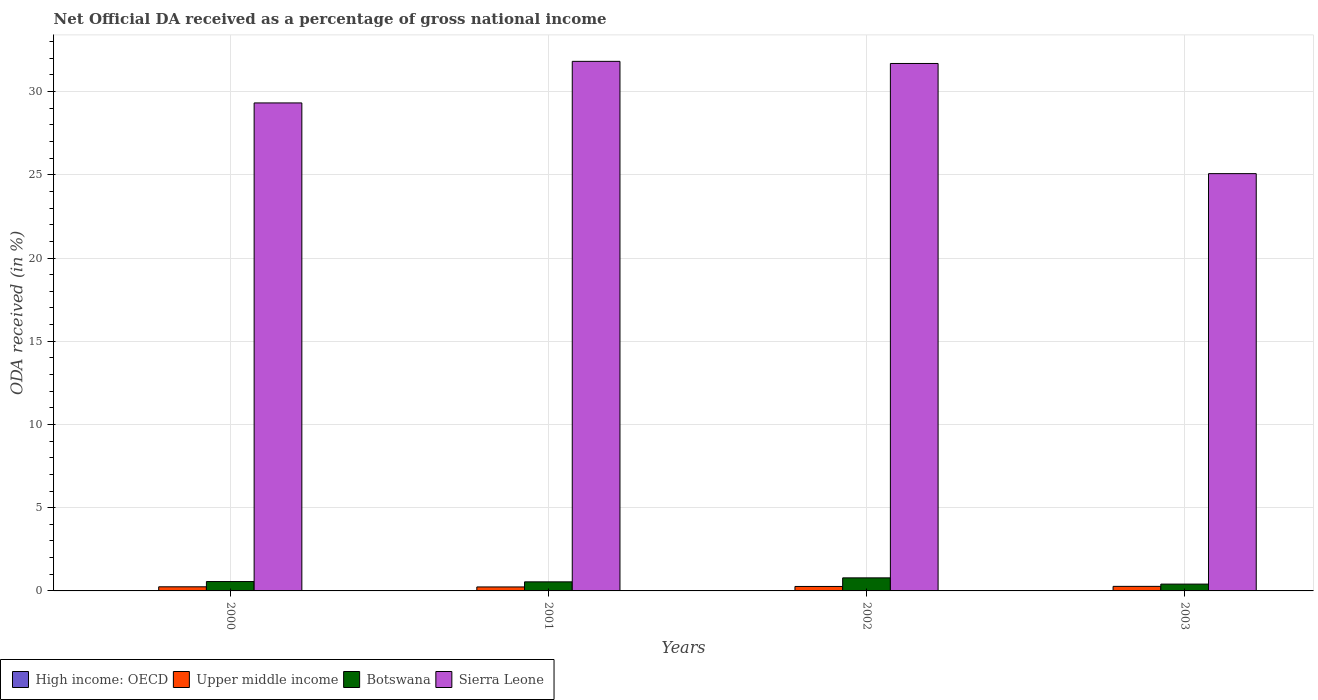
| Years | High income: OECD | Upper middle income | Botswana | Sierra Leone |
 | --- | --- | --- | --- | --- |
 | 2000 | 0.000417 | 0.247 | 0.563 | 29.3 |
 | 2001 | 0.000769 | 0.239 | 0.545 | 31.8 |
 | 2002 | 0.000167 | 0.268 | 0.784 | 31.7 |
 | 2003 | 0.000281 | 0.274 | 0.41 | 25.1 |